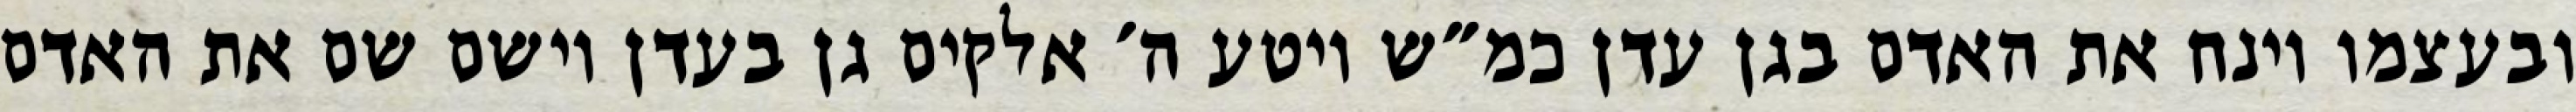
ובעצמו וינח את האדם בגן עדן כמ״ש ויטע ה׳ אלקים גן בעדן וישם שם את האדם